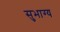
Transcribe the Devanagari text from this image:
सुभाग्य